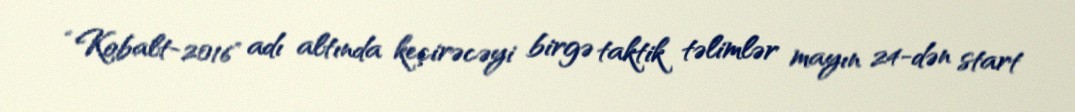
“Kobalt-2016" adı altında keçirəcəyi birgə taktik təlimlər mayın 24-dən start